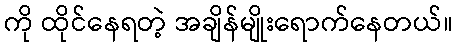
ကို ထိုင်နေရတဲ့ အချိန်မျိုးရောက်နေတယ်။